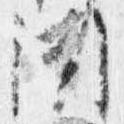
聞